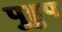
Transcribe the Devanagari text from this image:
पुहुप